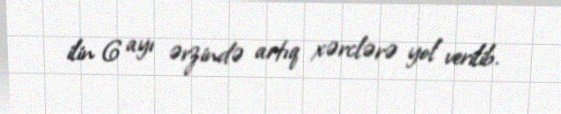
ilin 6 ayı ərzində artıq xərclərə yol verilib.